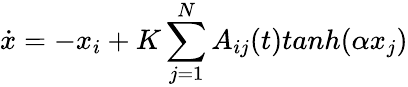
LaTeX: \dot{x}=-x_{i}+K\sum_{j=1}^{N}A_{ij}(t)tanh(\alpha x_{j})